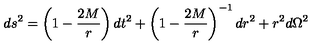
d s ^ { 2 } = \left( 1 - { \frac { 2 M } { r } } \right) d t ^ { 2 } + \left( 1 - { \frac { 2 M } { r } } \right) ^ { - 1 } d r ^ { 2 } + r ^ { 2 } d \Omega ^ { 2 }